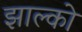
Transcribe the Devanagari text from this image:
झाल्को